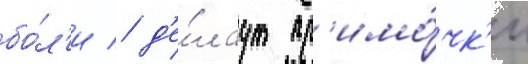
бо́л'и / д'е́лаут пр'имо́чк'и